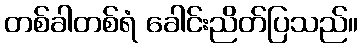
တစ်ခါတစ်ရံ ခေါင်းညိတ်ပြသည်။